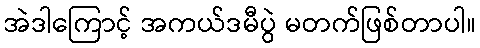
အဲဒါကြောင့် အကယ်ဒမီပွဲ မတက်ဖြစ်တာပါ။